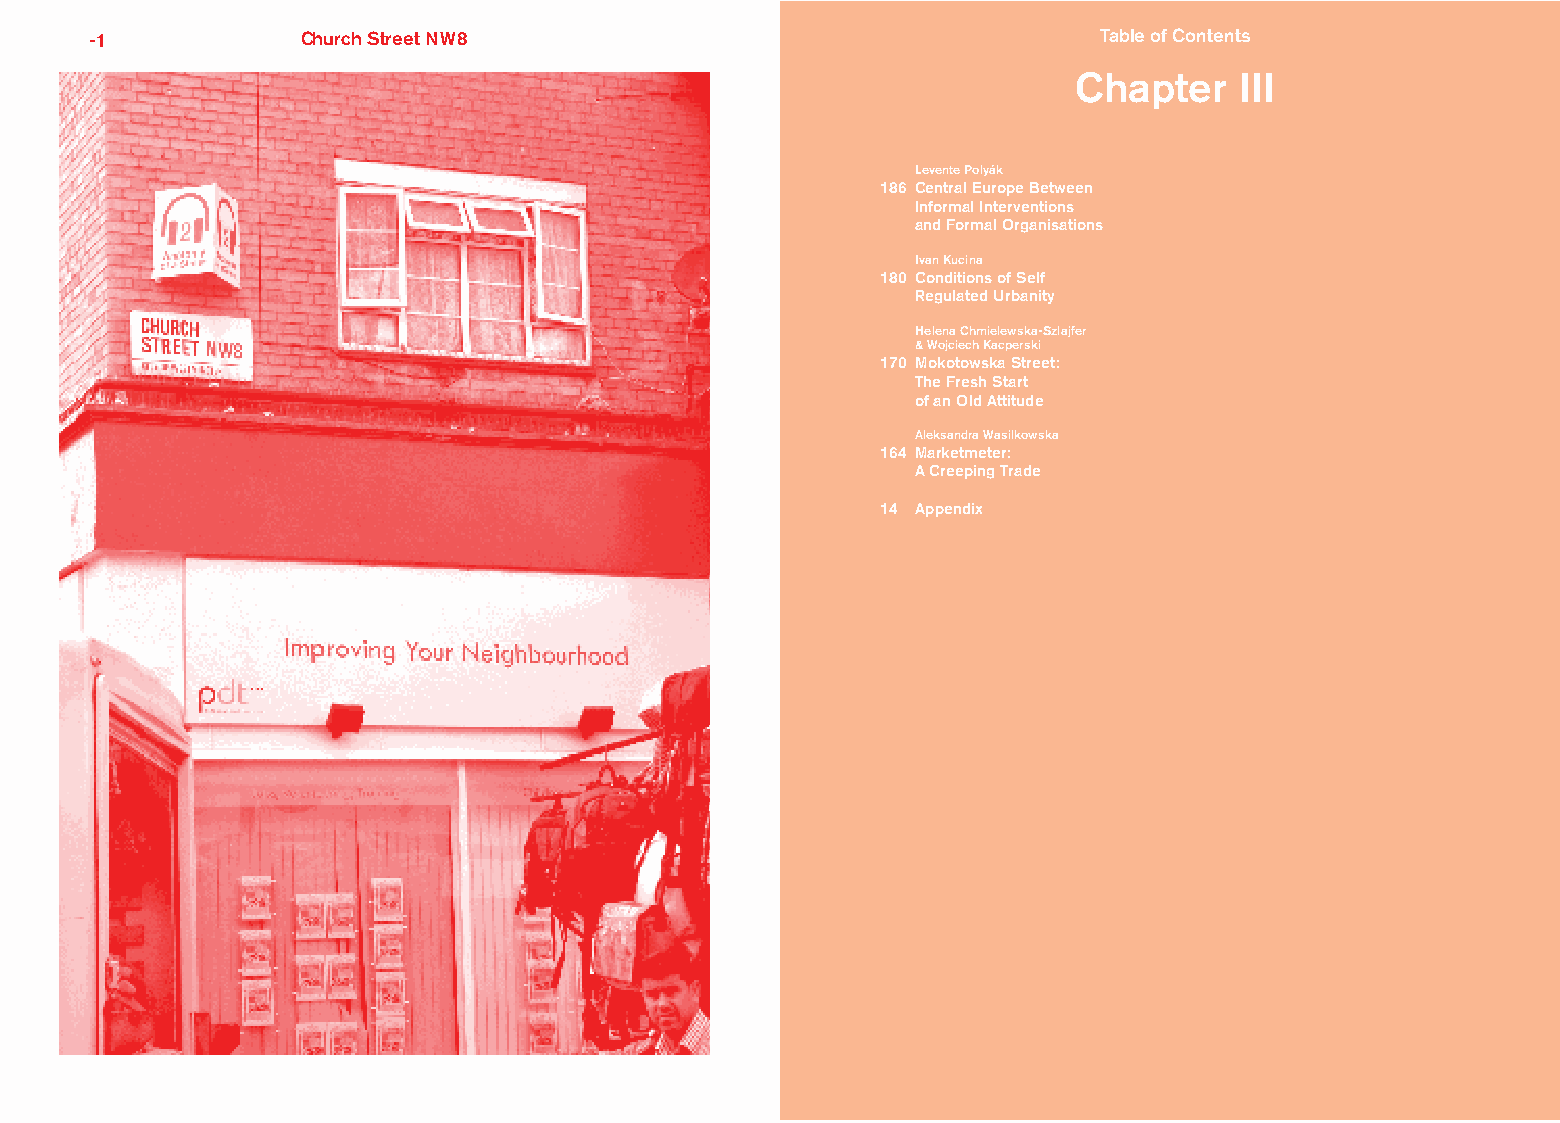
-1            Church Street NW8                                    Table of Contents       2
 Chapter    III
 Levente Polyák
 186 Central Europe Between
 Informal Interventions
 and Formal Organisations
 Ivan Kucina
 180 Conditions of Self
 Regulated Urbanity
 Helena Chmielewska-Szlajfer
 & Wojciech Kacperski
 170 Mokotowska Street:
 The Fresh Start
 of an Old Attitude
 Aleksandra Wasilkowska
 164 Marketmeter:
 A Creeping Trade
 14 Appendix